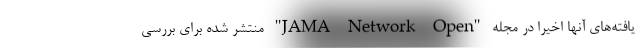
یافته‌های آنها اخیرا در مجله "JAMA Network Open" منتشر شده برای بررسی